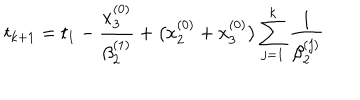
t _ { k + 1 } = t _ { 1 } - \frac { x _ { 3 } ^ { ( 0 ) } } { \beta _ { 2 } ^ { ( 1 ) } } + \bigl ( x _ { 2 } ^ { ( 0 ) } + x _ { 3 } ^ { ( 0 ) } \bigr ) \sum _ { j = 1 } ^ { k } \frac { 1 } { \beta _ { 2 } ^ { ( j ) } }